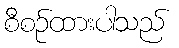
စီစဉ်ထားပါသည်